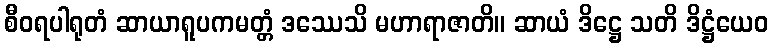
စီဝရပါရုတံ ဆာယာရူပကမတ္တံ ဒဿေသိ မဟာရာဇာတိ။ ဆာယံ ဒိဋ္ဌေ သတိ ဒိဋ္ဌံယေဝ